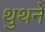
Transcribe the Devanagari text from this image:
थुथने